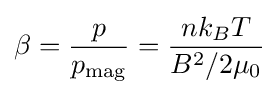
\beta ={\frac {p}{p_{\text{mag}}}}={\frac {nk_{B}T}{B^{2}/2\mu _{0}}}